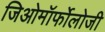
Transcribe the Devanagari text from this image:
जिओमॉर्फोलोजी